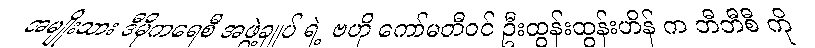
အမျိုးသား ဒီမိုကရေစီ အဖွဲ့ချုပ် ရဲ့ ဗဟို ကော်မတီဝင် ဦးထွန်းထွန်းဟိန် က ဘီဘီစီ ကို